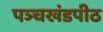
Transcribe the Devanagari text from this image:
पञ्चखंडपीठ